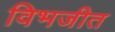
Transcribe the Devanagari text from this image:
विभजीत